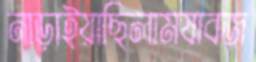
নাড়াইয়াছিলামযাবজ